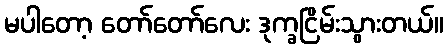
မပါတော့ တော်တော်လေး ဒုက္ခငြိမ်းသွားတယ်။